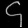
Digit: ၄